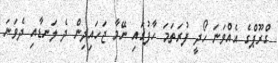
ގްރޫޕްގެ އެއްވަނަ ހޯދީ ފުރަތަމަ ހާފުގައި ނޭމާ ޖަހައިދިން ދެ ލަނޑާއި ދެވަނަ